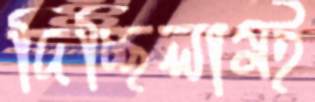
দিচ্ছিলামই